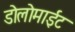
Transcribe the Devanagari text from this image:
डोलोमाईट